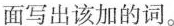
面写出该加的词。